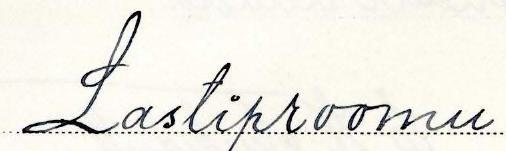
Lastiproomu